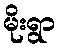
မိုးရွာ